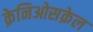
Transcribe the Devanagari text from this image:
क्रेनिओसक्रेल